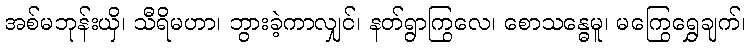
အစ်မဘုန်းယှိ၊ သီရိမဟာ၊ ဘွားခဲ့ကာလျှင်၊ နတ်ရွာကြွလေ၊ စောသန္ဓေမူ၊ မကြွေရွှေချက်၊